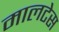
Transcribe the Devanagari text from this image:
मालटेस